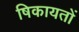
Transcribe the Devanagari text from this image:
षिकायतों